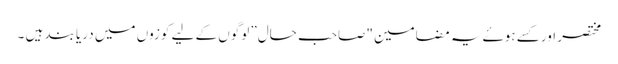
مختصر اور کسے ہوۓ یہ مضامین "صاحب حال” لوگوں کے لیے کوزوں میں دریا بند ہیں ۔